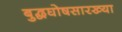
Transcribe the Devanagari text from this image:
बुद्धघोषसारख्या